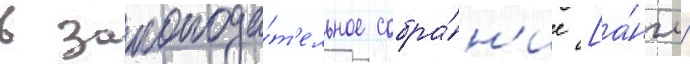
в законода́т'ельное собра́н'ие [а́нгл.